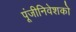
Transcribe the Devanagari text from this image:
पूंजीनिवेशकों